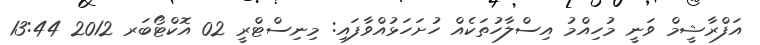
އަފްރާޝީމް ވަނީ މުހިއްމު އިސްލާހުތަކެއް ހުށަހަޅުއްވާފައި: މިނިސްޓްރީ 02 އޮކްޓޯބަރ 2012 13:44